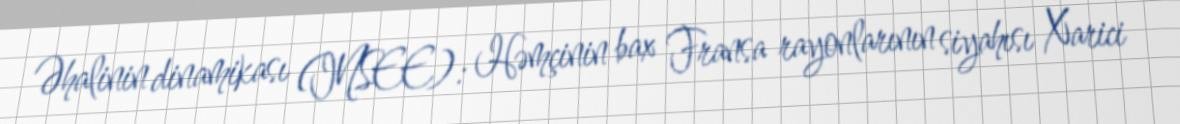
Əhalinin dinamikası (INSEE): Həmçinin bax Fransa rayonlarının siyahısı Xarici